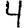
Digit: 4